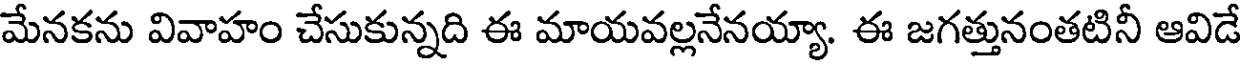
మేనకను వివాహం చేసుకున్నది ఈ మాయవల్లనేనయ్యా. ఈ జగత్తునంతటినీ ఆవిడే